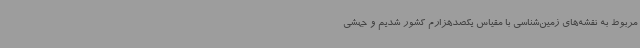
مربوط به نقشه‌های زمین‌شناسی با مقیاس یکصدهزارم کشور شدیم و جهشی